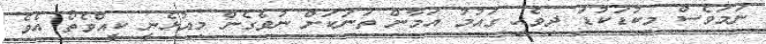
ނަމަވެސް މިކުޑަކުޑަ ދިވެހި ގައުމު އަމާން ތަނަކަށް ނުވެގެން މިއުޅެނީ ކީއްވެތޯ އެވެ